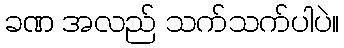
ခဏ အလည် သက်သက်ပါပဲ။